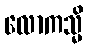
လောကသ္မိ